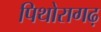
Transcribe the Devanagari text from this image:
पिथोरागढ़